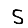
Digit: 5